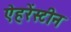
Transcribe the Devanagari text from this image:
ऐहरेंस्टीन